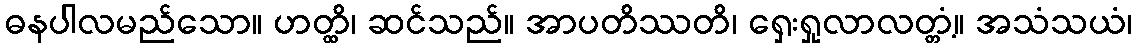
ဓနပါလမည်သော။ ဟတ္ထိ၊ ဆင်သည်။ အာပတိဿတိ၊ ရှေးရှုလာလတ္တံ့။ အသံသယံ၊